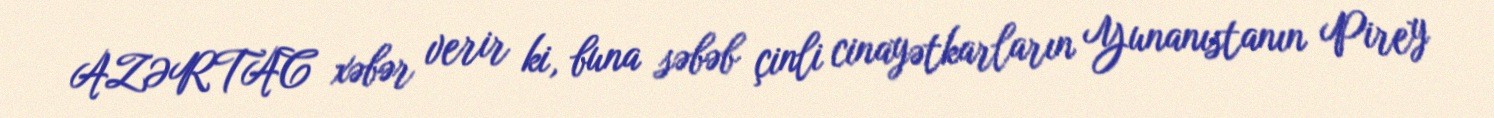
AZƏRTAC xəbər verir ki, buna səbəb çinli cinayətkarların Yunanıstanın Pirey